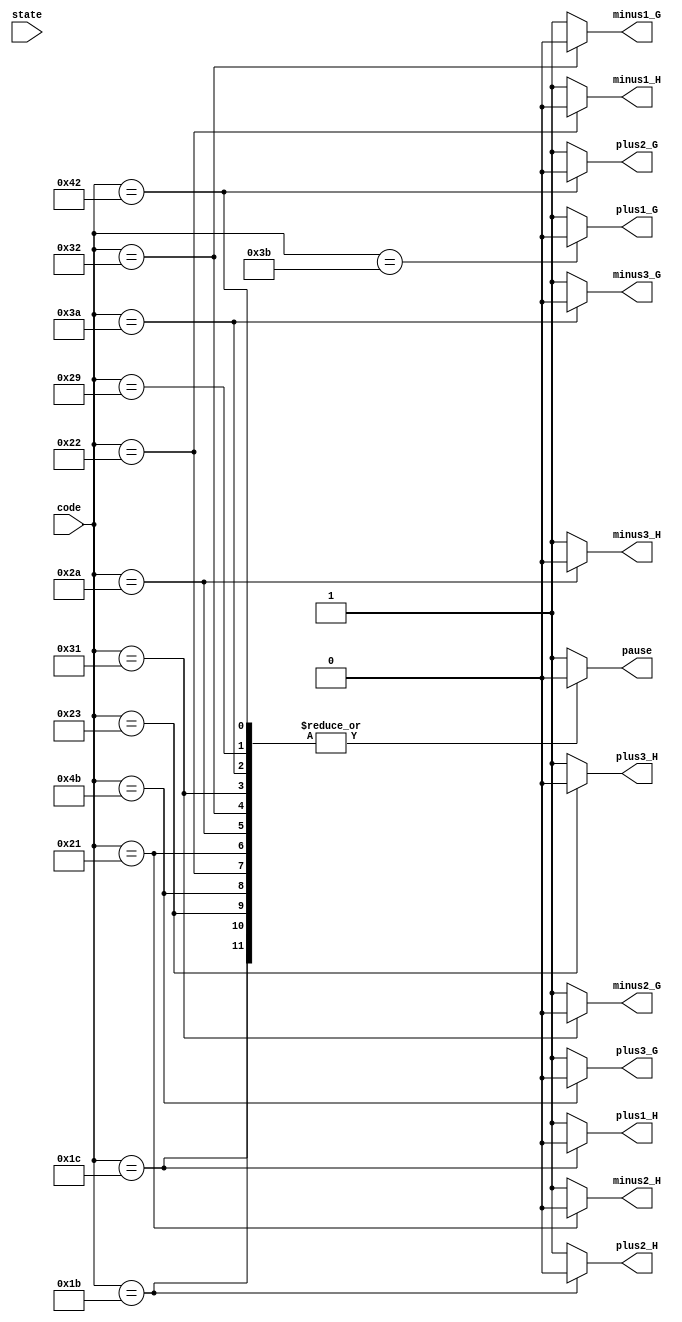
module receive(
	//input clk,
	input state,
	input [7:0] code,
	output reg pause,
	output reg plus1_G,
	output reg plus2_G,
	output reg plus3_G,
	output reg plus1_H,
	output reg plus2_H,
	output reg plus3_H,
	output reg minus1_G,
	output reg minus2_G,
	output reg minus3_G,
	output reg minus1_H,
	output reg minus2_H,
	output reg minus3_H
	
	);
	//reg [7:0] choose;
	initial begin
		pause=1;
		plus1_G=1;
		plus2_G=1;
		plus3_G=1;
		plus1_H=1;
		plus2_H=1;
		plus3_H=1;
		minus1_G=1;
		minus2_G=1;
		minus3_G=1;
		minus1_H=1;
		minus2_H=1;
		minus3_H=1;
	end
	parameter space=8'h29,
				 A=8'h1c,//+1 HOME
				 S=8'h1b,//+2 HOME
				 D=8'h23,//+3 HOME
				 J=8'h3b,//+1 GUEST
				 K=8'h42,//+2 GUEST
				 L=8'h4b,//+3 GUEST
				 X=8'h22,//-1 HOME
				 C=8'h21,//-2 HOME
				 V=8'h2a, //-3 HOME
				 B=8'h32, //-1 GUEST
				 N=8'h31, //-2 GUEST
				 M=8'h3a; //-3 GUEST
				 
	always@(*) begin
	
	//if(state==1) begin
		
		case(code) 
			A: begin
						pause=0;
						plus1_G=1;
						plus2_G=1;
						plus3_G=1;
						plus1_H=0;
						plus2_H=1;
						plus3_H=1;
						minus1_G=1;
						minus2_G=1;
						minus3_G=1;
						minus1_H=1;
						minus2_H=1;
						minus3_H=1;
						
					end
			S: begin
						pause=0;
						plus1_G=1;
						plus2_G=1;
						plus3_G=1;
						plus1_H=1;
						plus2_H=0;
						plus3_H=1;
						minus1_G=1;
						minus2_G=1;
						minus3_G=1;
						minus1_H=1;
						minus2_H=1;
						minus3_H=1;
					end
			D: begin
						pause=0;
						plus1_G=1;
						plus2_G=1;
						plus3_G=1;
						plus1_H=1;
						plus2_H=1;
						plus3_H=0;
						minus1_G=1;
						minus2_G=1;
						minus3_G=1;
						minus1_H=1;
						minus2_H=1;
						minus3_H=1;
					end
			J: begin
						pause=1;
						plus1_G=0;
						plus2_G=1;
						plus3_G=1;
						plus1_H=1;
						plus2_H=1;
						plus3_H=1;
						minus1_G=1;
						minus2_G=1;
						minus3_G=1;
						minus1_H=1;
						minus2_H=1;
						minus3_H=1;
					end
			K: begin
						pause=0;
						plus1_G=1;
						plus2_G=0;
						plus3_G=1;
						plus1_H=1;
						plus2_H=1;
						plus3_H=1;
						minus1_G=1;
						minus2_G=1;
						minus3_G=1;
						minus1_H=1;
						minus2_H=1;
						minus3_H=1;
					end
			L: begin
						pause=0;
						plus1_G=1;
						plus2_G=1;
						plus3_G=0;
						plus1_H=1;
						plus2_H=1;
						plus3_H=1;
						minus1_G=1;
						minus2_G=1;
						minus3_G=1;
						minus1_H=1;
						minus2_H=1;
						minus3_H=1;
					end
				X: begin
						pause=0;
						plus1_G=1;
						plus2_G=1;
						plus3_G=1;
						plus1_H=1;
						plus2_H=1;
						plus3_H=1;
						minus1_G=1;
						minus2_G=1;
						minus3_G=1;
						minus1_H=0;
						minus2_H=1;
						minus3_H=1;
						
					end
			C: begin
						pause=0;
						plus1_G=1;
						plus2_G=1;
						plus3_G=1;
						plus1_H=1;
						plus2_H=1;
						plus3_H=1;
						minus1_G=1;
						minus2_G=1;
						minus3_G=1;
						minus1_H=1;
						minus2_H=0;
						minus3_H=1;
					end
			V: begin
						pause=0;
						plus1_G=1;
						plus2_G=1;
						plus3_G=1;
						plus1_H=1;
						plus2_H=1;
						plus3_H=1;
						minus1_G=1;
						minus2_G=1;
						minus3_G=1;
						minus1_H=1;
						minus2_H=1;
						minus3_H=0;
					end
			B: begin
						pause=0;
						plus1_G=1;
						plus2_G=1;
						plus3_G=1;
						plus1_H=1;
						plus2_H=1;
						plus3_H=1;
						minus1_G=0;
						minus2_G=1;
						minus3_G=1;
						minus1_H=1;
						minus2_H=1;
						minus3_H=1;
					end
			N: begin
						pause=0;
						plus1_G=1;
						plus2_G=1;
						plus3_G=1;
						plus1_H=1;
						plus2_H=1;
						plus3_H=1;
						minus1_G=1;
						minus2_G=0;
						minus3_G=1;
						minus1_H=1;
						minus2_H=1;
						minus3_H=1;
					end
			M :begin
						pause=0;
						plus1_G=1;
						plus2_G=1;
						plus3_G=1;
						plus1_H=1;
						plus2_H=1;
						plus3_H=1;
						minus1_G=1;
						minus2_G=1;
						minus3_G=0;
						minus1_H=1;
						minus2_H=1;
						minus3_H=1;
					end	
			
					
			space: begin
						pause=0;
						plus1_G=1;
						plus2_G=1;
						plus3_G=1;
						plus1_H=1;
						plus2_H=1;
						plus3_H=1;
						minus1_G=1;
						minus2_G=1;
						minus3_G=1;
						minus1_H=1;
						minus2_H=1;
						minus3_H=1;
					end
					
					
			default:  begin
						pause=1;
						plus1_G=1;
						plus2_G=1;
						plus3_G=1;
						plus1_H=1;
						plus2_H=1;
						plus3_H=1;
						minus1_G=1;
						minus2_G=1;
						minus3_G=1;
						minus1_H=1;
						minus2_H=1;
						minus3_H=1;
					end
			endcase
		
		
	end
endmodule